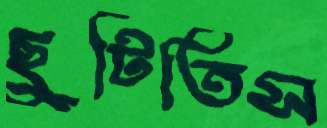
ছুটিতিস